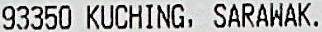
93350 KUCHING, SARAWAK.